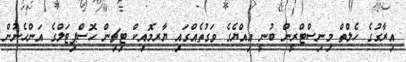
އިރާގުގެ ހެލްތް މިނިސްޓްރީން ބުނީ އިއްޔެގެ ވަގުތެއްގައި ޔާރމޮއިކް ޓިޗިން ހޮސްޕިޓަލްގެ އަންހެނުން